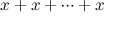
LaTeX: x + x + \cdots + x